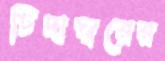
চিদাম্বরের